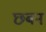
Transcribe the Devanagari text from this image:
छबन